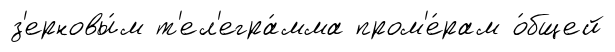
з'ерновы́м т'ел'егра́мма пром'е́рам о́бщей